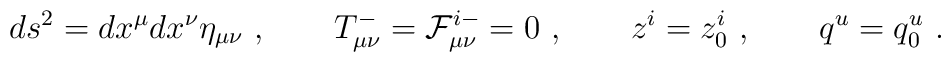
ds^2 = dx^\mu dx^\nu \eta_{\mu\nu}\ , \qquad T_{\mu\nu}^-={\cal F}^{i-}_{\mu\nu}=0\ ,  \qquad z^i = z^i_0 \ ,  \qquad q^u=q^u_0 \ .